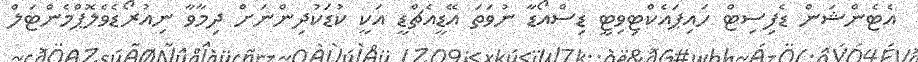
އެޓެންޝަން ޑެފިސިޓް ހައިޕައެކްޓިވިޓީ ޑިސްއޯޑާ ނުވަތަ އޭޑީއެޗްޑީ އަކީ ކުޑަކުދިންނަށް ދިމާވާ ނިއުރޯޑެވެލޮޕްމެންޓަލް